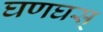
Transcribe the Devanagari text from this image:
घणघस्